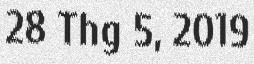
28 Thg 5, 2019